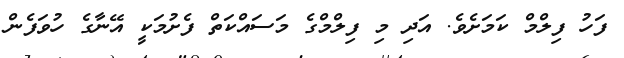
ފަހު ފިލްމް ކަމަށެވެ. އަދި މި ފިލްމްގެ މަސައްކަތް ފެށުމަކީ އޭނާގެ ހުވަފެން